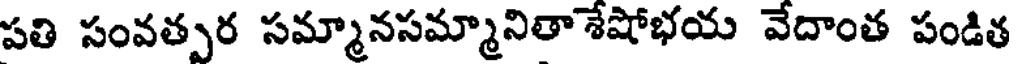
పతి సంవతుర సమ్మానసమ్మానితాశేషోభయ వేదాంత పండిత